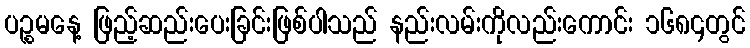
ပဉ္စမနေ့ ဖြည့်ဆည်းပေးခြင်းဖြစ်ပါသည် နည်းလမ်းကိုလည်းကောင်း ၁၆၈၄တွင်